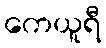
ကေယူရီ